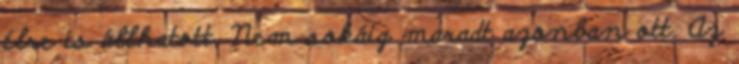
élre is állhatott. Nem sokáig maradt azonban ott. Az